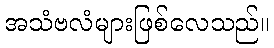
အသံဗလံများဖြစ်လေသည်။